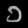
Digit: ၁